NAE_ERA_R-2362_Emakeele_Selts, lk 26
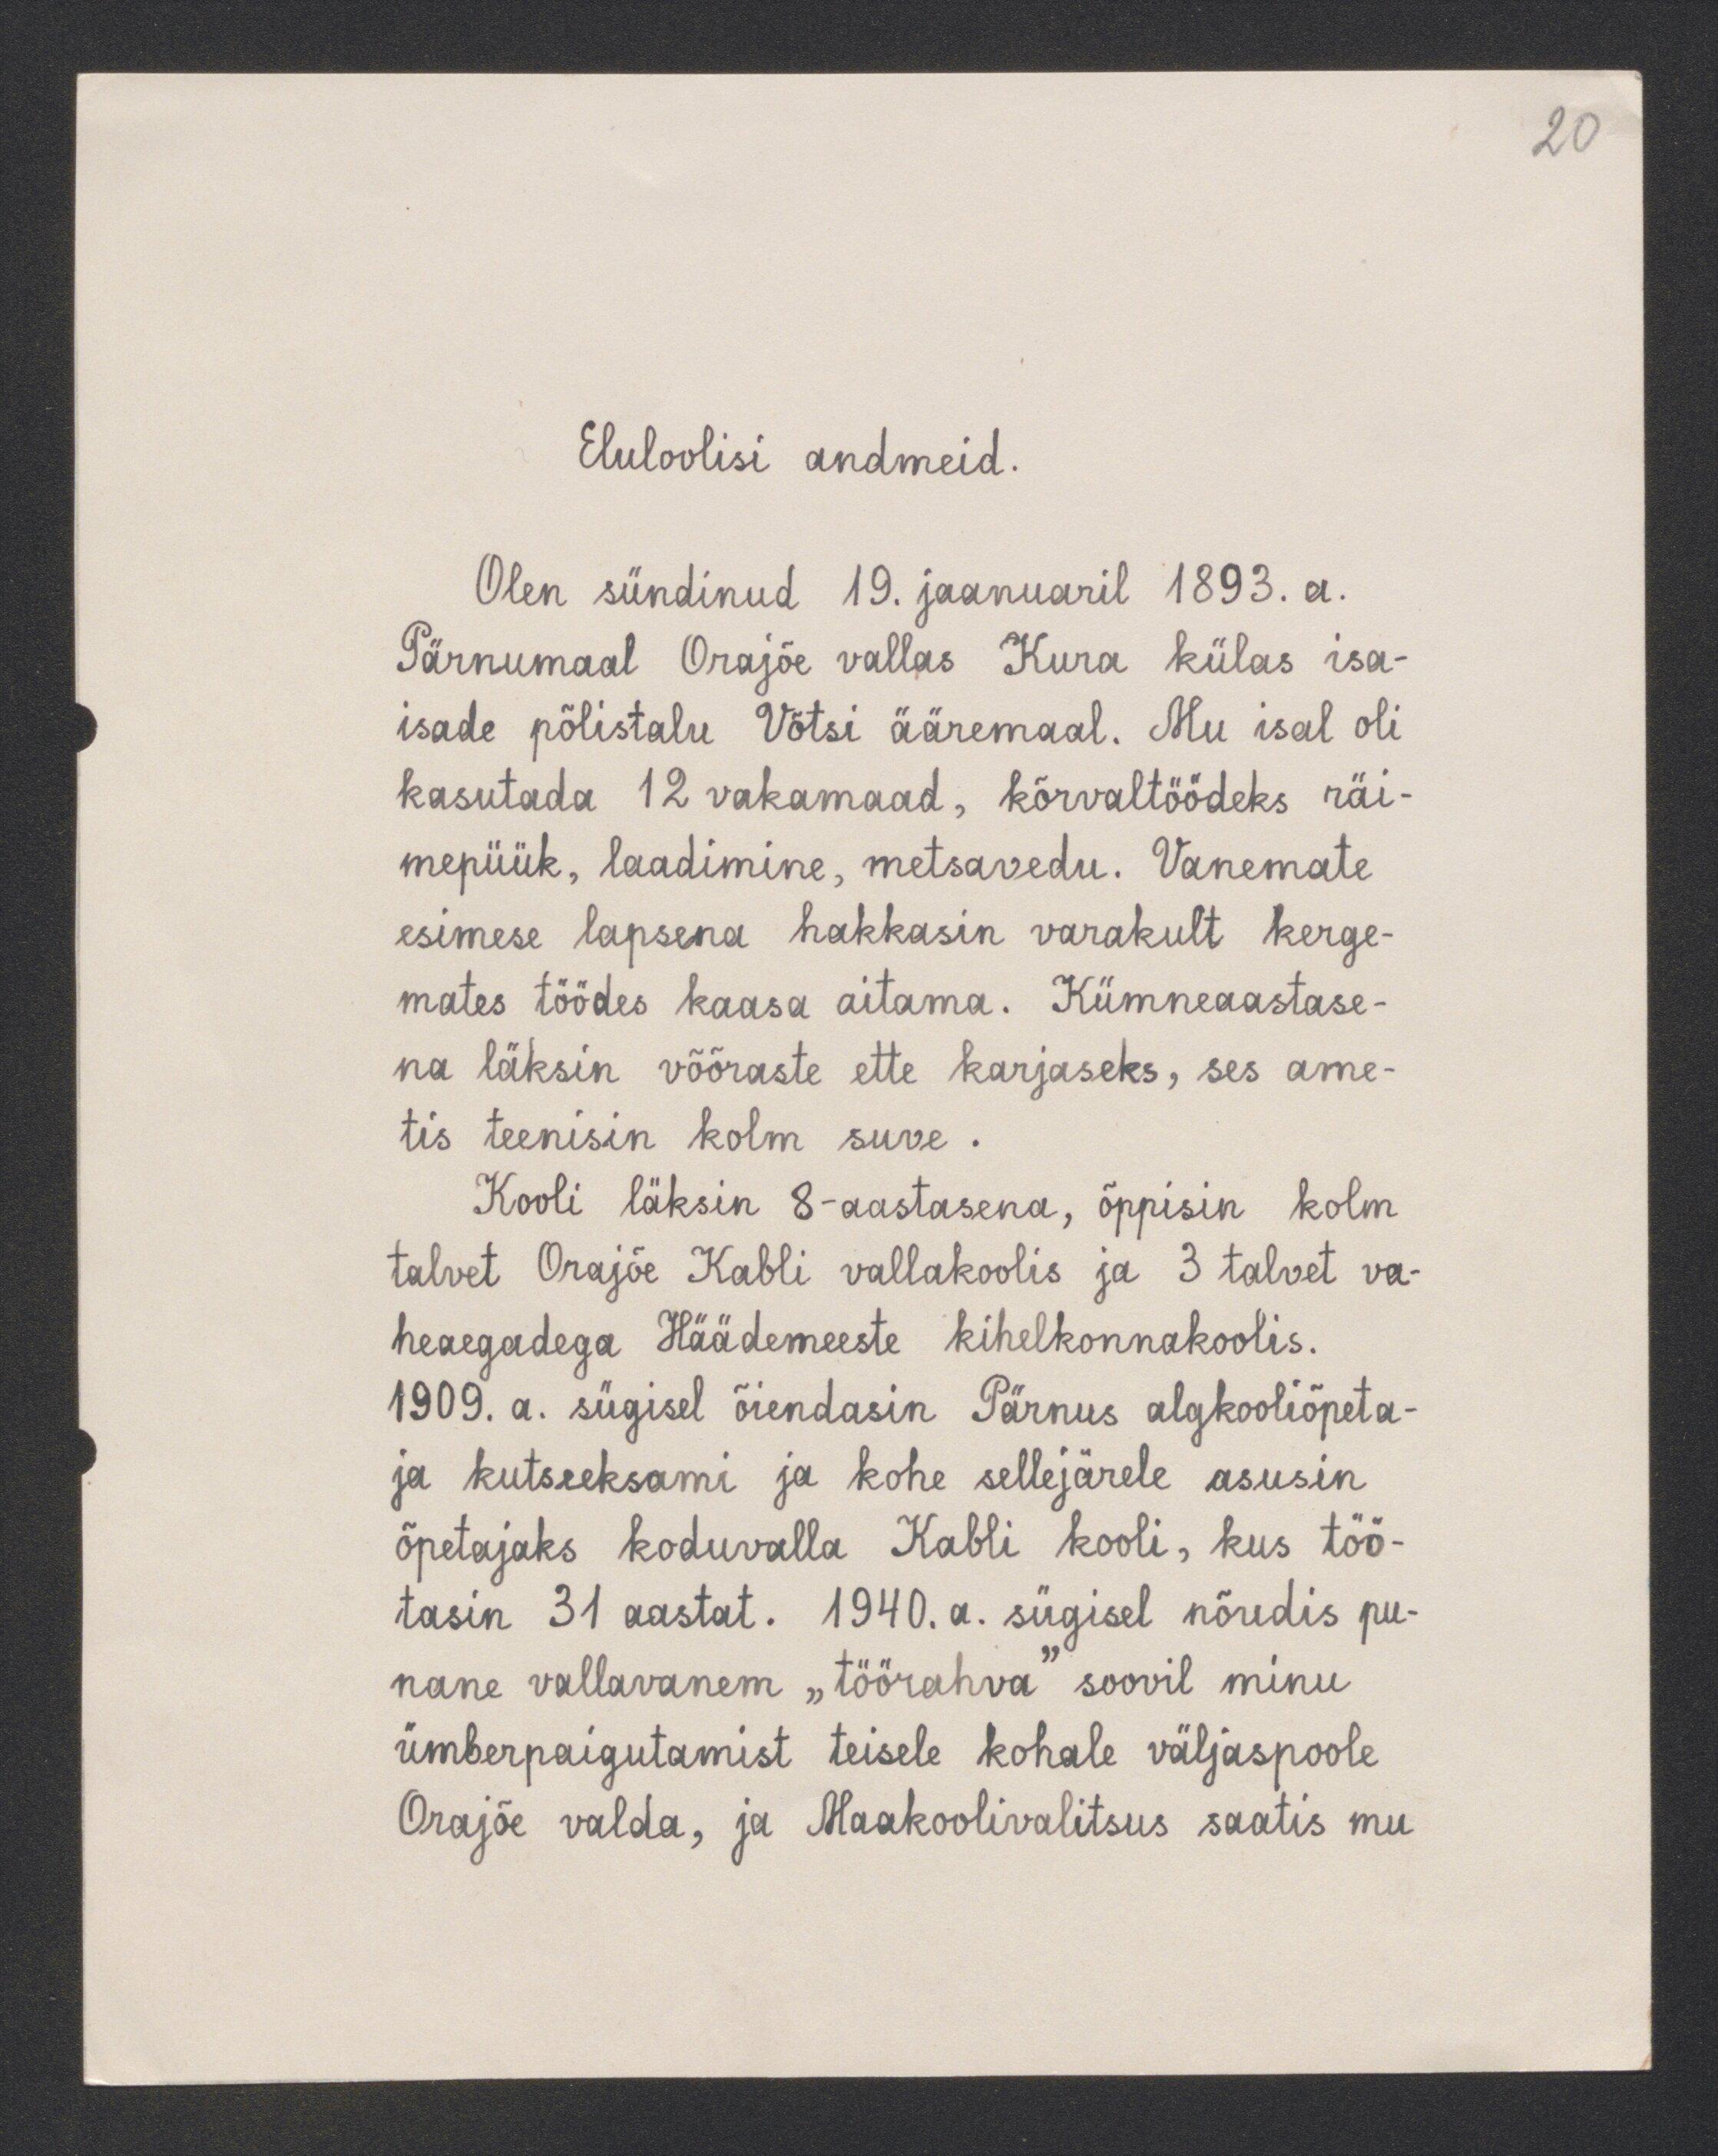
20

Eluloolisi andmeid.
Olen sündinud 19. jaanuaril 1893.a.
Pärnumaal Orajõe vallas Kura külas isa-
isade põlistalu Võtsi ääremaal. Mu isal oli
kasutada 12 vakamaad, kõrvaltöödeks räi-
mepüük, laadimine, metsavedu. Vanemate
esimese lapsena hakkasin varakult kerge-
mates töödes kaasa aitama. Kümneaastase-
na läksin võõraste ette karjaseks, ses ame-
tis teenisin kolm suve.
Kooli läksin 8-aastasena, õppisin kolm
talvet Orajõe Kabli vallakoolis ja 3 talvet va-
heaegadega Häädemeeste kihelkonnakoolis.
1909. a. sügisel õiendasin Pärnus algkooliõpeta-
ja kutseksami ja kohe sellejärele asusin,
õpetajaks koduvalla Kabli kooli, kus töö-
tasin 31 aastat. 1940. a. sügisel nõudis pu-
nane vallavanem "töörahva" soovil minu
ümberpaigutamist teisele kohale väljaspoole
Orajõe valda, ja Maakoolivalitsus saatis mu-